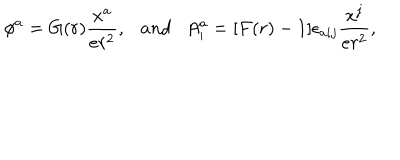
LaTeX: \phi ^ { a } = G ( r ) \frac { x ^ { a } } { e r ^ { 2 } } , \ \ \ a n d \ \ \ A _ { i } ^ { a } = [ F ( r ) - 1 ] \epsilon _ { a i j } \frac { x ^ { j } } { e r ^ { 2 } } ,